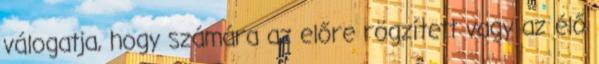
válogatja, hogy számára az előre rögzített vagy az élő